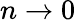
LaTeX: n\to 0